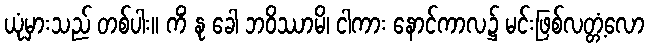
ယုံမှားသည် တစ်ပါး။ ကိံ နု ခေါ ဘဝိဿာမိ၊ ငါကား နောင်ကာလ၌ မင်းဖြစ်လတ္တံ့လော